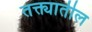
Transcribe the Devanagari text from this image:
तक्त्यातील